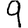
Digit: 9